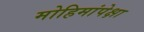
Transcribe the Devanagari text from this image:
मोहिमांपेक्षा